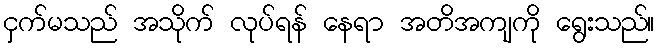
ငှက်မသည် အသိုက် လုပ်ရန် နေရာ အတိအကျကို ရွေးသည်။